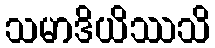
သမာဒိယိဿသိ